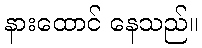
နားထောင် နေသည်။